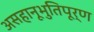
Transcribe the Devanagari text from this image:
असहानूभुतिपूर्ण